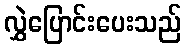
လွှဲပြောင်းပေးသည်